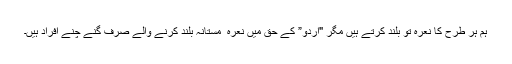
ہم ہر طرح کا نعرہ تو بلند کرتے ہیں مگر "اردو” کے حق میں نعرہ ٕ مستانہ بلند کرنے والے صرف گنے چنے افراد ہیں۔